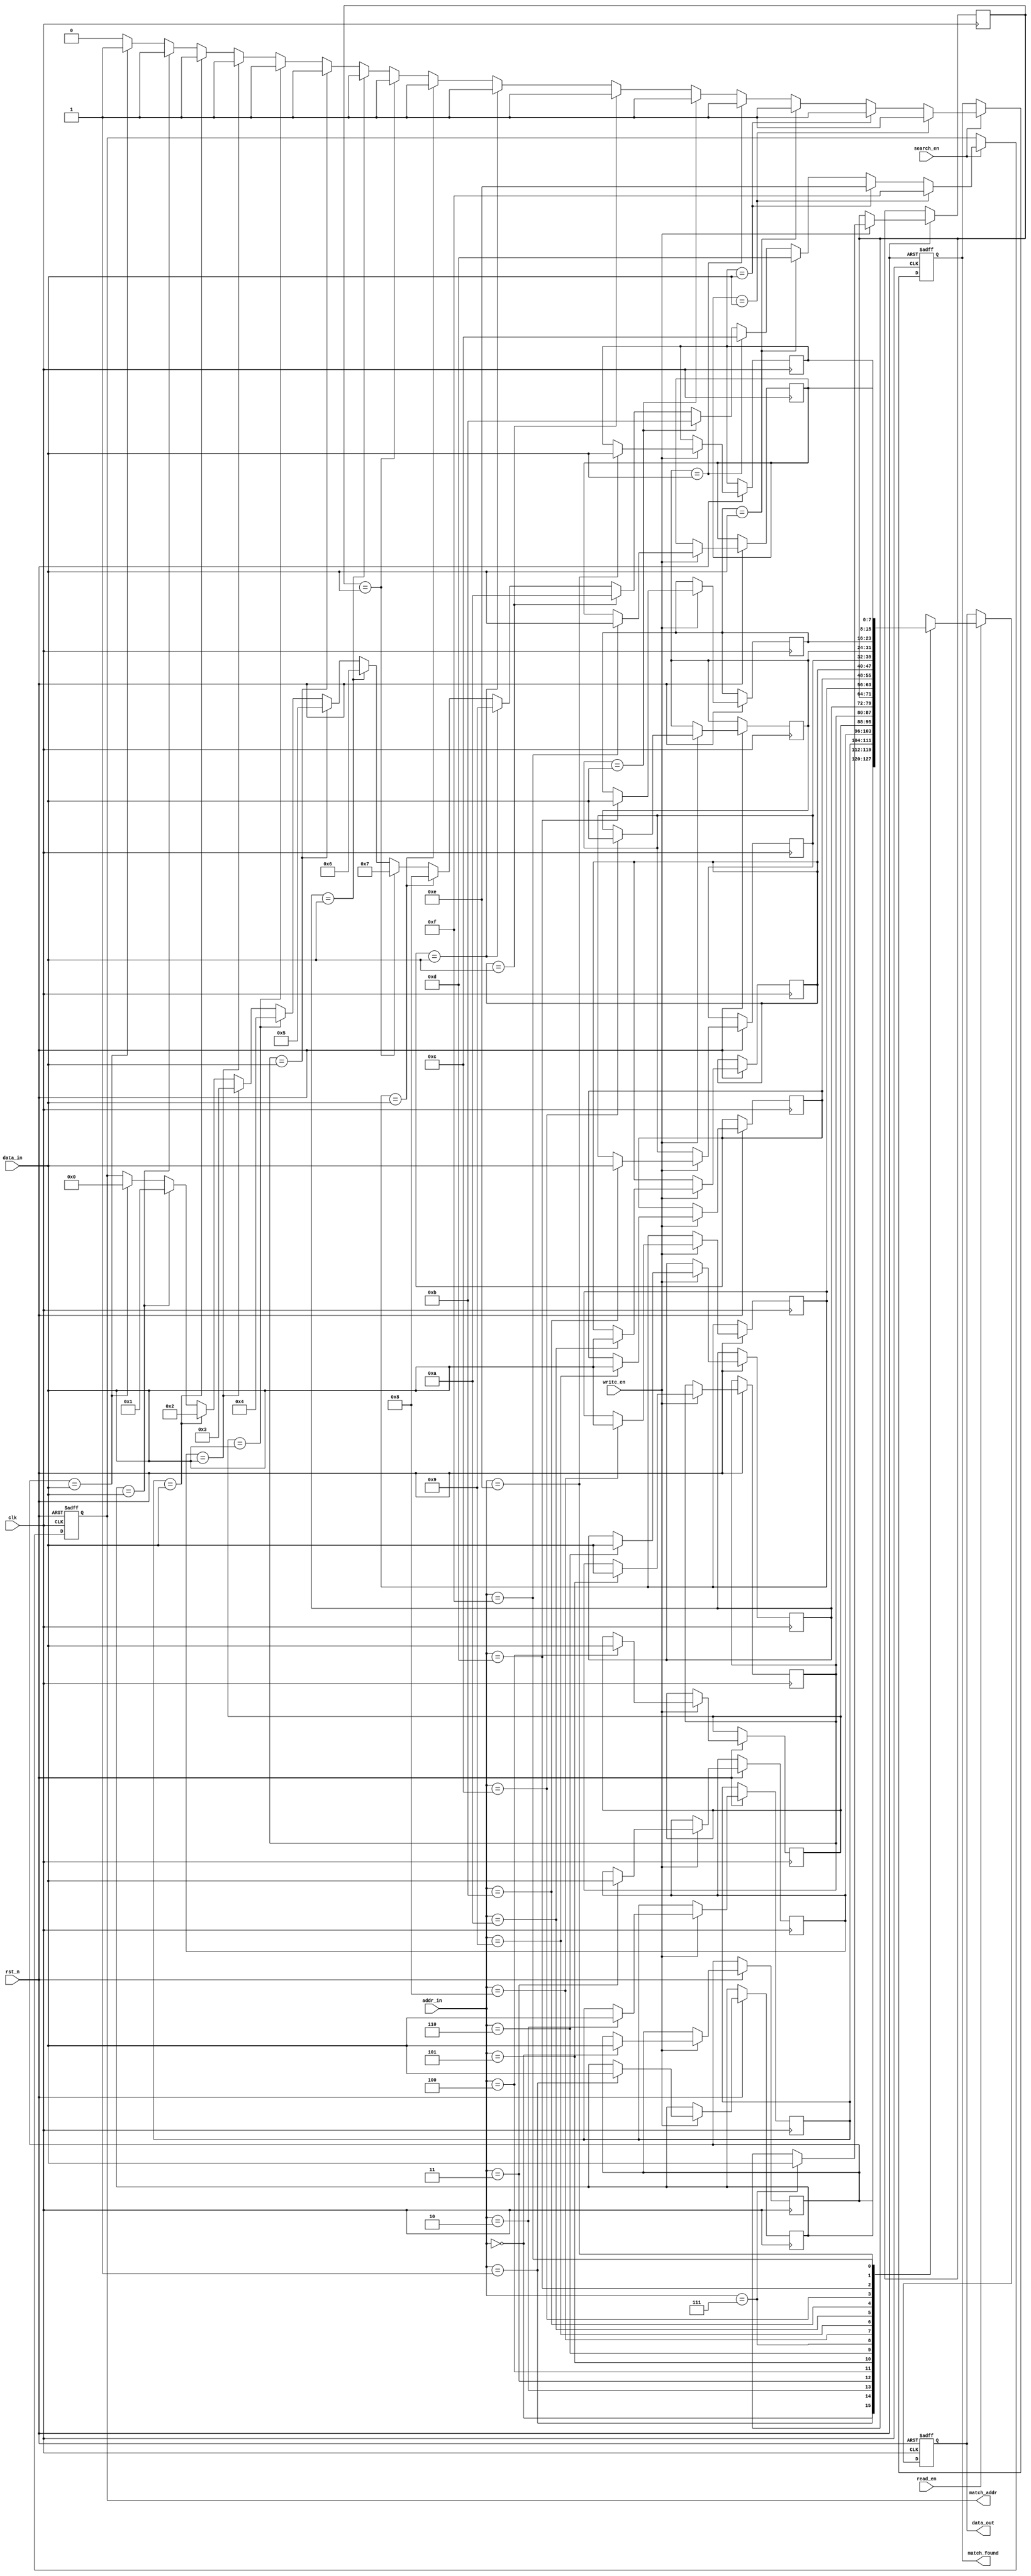
module bcam_io_block #(
    parameter DATA_WIDTH = 8,  // Width of the data bus
    parameter ADDR_WIDTH = 4    // Width of the address bus (for a BCAM with 2^ADDR_WIDTH entries)
)(
    input wire clk,                  // Clock signal
    input wire rst_n,                // Active low reset signal
    input wire [DATA_WIDTH-1:0] data_in,  // Data input bus
    input wire [ADDR_WIDTH-1:0] addr_in,  // Address input for read operations
    input wire write_en,             // Write enable control signal
    input wire read_en,              // Read enable control signal
    input wire search_en,            // Search enable control signal
    output reg [DATA_WIDTH-1:0] data_out, // Data output bus
    output reg [ADDR_WIDTH-1:0] match_addr, // Address of matched entry
    output reg match_found           // Match found indicator
);

// Internal registers
reg [DATA_WIDTH-1:0] input_reg;       // Register to hold incoming data
reg [DATA_WIDTH-1:0] memory [0:(1<<ADDR_WIDTH)-1]; // BCAM memory array
reg [ADDR_WIDTH-1:0] i;                 // Loop variable for searching

// Sequential logic for input handling and memory operations
always @(posedge clk or negedge rst_n) begin
    if (!rst_n) begin
        // Reset logic
        input_reg <= 0;
        data_out <= 0;
        match_addr <= 0;
        match_found <= 0;
    end else begin
        if (write_en) begin
            // Write operation
            memory[addr_in] <= data_in;
        end
        
        if (read_en) begin
            // Read operation
            data_out <= memory[addr_in];
        end
        
        if (search_en) begin
            // Search operation
            match_found <= 0; // Reset match found flag
            for (i = 0; i < (1 << ADDR_WIDTH); i = i + 1) begin
                if (memory[i] == data_in) begin
                    match_found <= 1; // Match found
                    match_addr <= i;   // Store matched address
                end
            end
        end
    end
end

endmodule